Annual report of the Imperial Bacteriological Laboratory, Muktesar
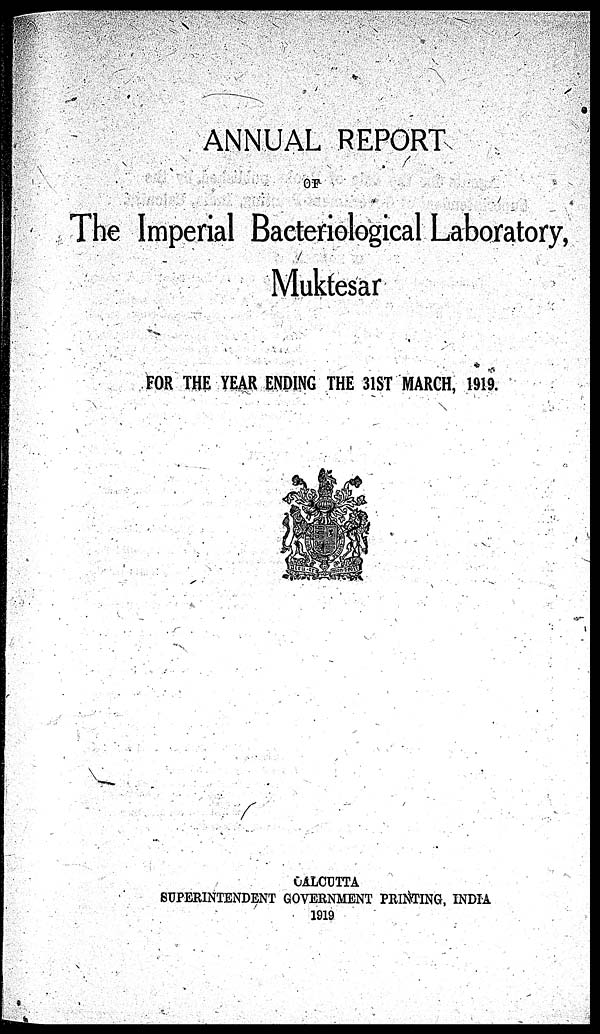
ANNUAL REPORT
OF
The Imperial Bacteriological Laboratory,
Muktesar
FOR THE YEAR ENDING THE 31ST MARCH, 1919.
CALCUTTA
SUPERINTENDENT GOVERNMENT PRINTING, INDIA
1919